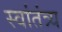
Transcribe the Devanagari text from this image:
स्वांतंत्र्य